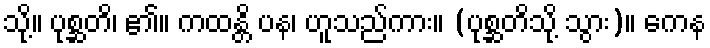
သို့။ ပုစ္ဆတိ၊ ၏။ ကထန္တိ ပန၊ ဟူသည်ကား။ (ပုစ္ဆတိသို့ သွား)။ ကေန